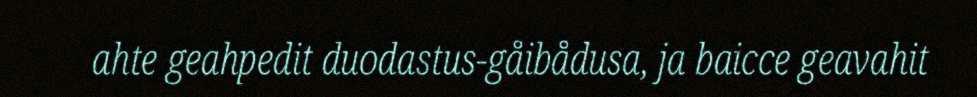
ahte geahpedit duodastus-gåibådusa, ja baicce geavahit